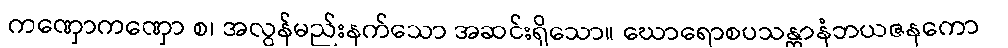
ကဏှောကဏှော စ၊ အလွန်မည်းနက်သော အဆင်းရှိသော။ ဃောရောစပသန္တာနံဘယဇနကော